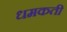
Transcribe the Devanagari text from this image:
धमकती